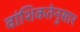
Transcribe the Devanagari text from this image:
वांशिकतेनुसार